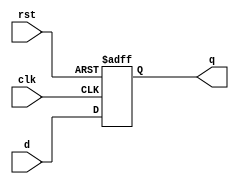
// Asynchronous Counter is also called as Ripple counter
//Let us construct ripple counter

// D Flip Flop Design
module dff(q,d,clk,rst);
  input d,clk,rst;
  output q;
  reg q; // store the output value
  always @(posedge clk or posedge rst)
   begin
    if(rst) 
    q=1'b0;
    else 
    q=d;
   end
endmodule

//T FLip Flop Design
module tff(q,clk,rst);
   input clk,rst;
  output q;
  wire d;
  dff df1(q,d,clk,rst);
  not n1(d,q);
endmodule


// Asynchronous Counter/Ripple Counter Design 
module ripplecounter(clk,rst,q);
  input clk,rst;
  output [3:0]q;

  tff tf1(q[0],clk,rst);
  tff tf2(q[1],q[0],rst);
  tff tf3(q[2],q[1],rst);
  tff tf4(q[3],q[2],rst);
endmodule